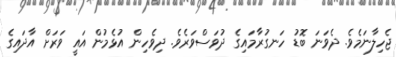
ޖެހިލާނަމެވެ. ދެވަނަ ބޮޑު ހަނގުރާމައިގެ ދުވަސްވަރެވެ. ދިވެހިން އުޅެމުން އައީ ވަރަށް އާދައިގެ